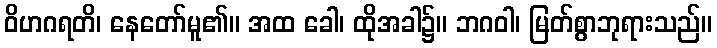
ဝိဟဂရတိ၊ နေတော်မူ၏။ အထ ခေါ၊ ထိုအခါ၌။ ဘဂဝါ၊ မြတ်စွာဘုရားသည်။